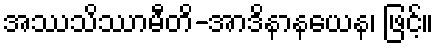
အဿသိဿာမီတိ-အာဒိနာနယေန၊ ဖြင့်။